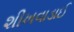
શીખવાડાઈ